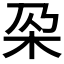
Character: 𣏻